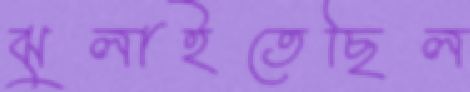
ঝুলাইতেছিল